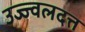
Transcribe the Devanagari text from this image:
उज्ज्वलदत्त